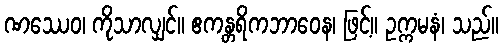
ဏဿေဝ၊ ကိုသာလျှင်။ ဧကန္တရိကဘာဝေန၊ ဖြင့်။ ဥက္ကမနံ၊ သည်။